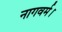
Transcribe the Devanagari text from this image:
नागवर्म।